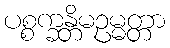
ပစ္စက္ခန္တိမဥမ္မတ္တာ